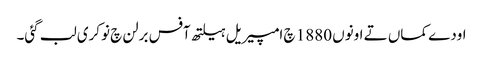
اودے کماں تے اونوں 1880 چ امپیریل ہیلتھ آفس برلن چ نوکری لب گئی۔